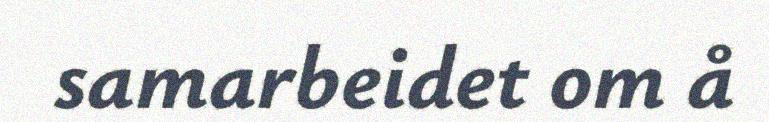
samarbeidet om å